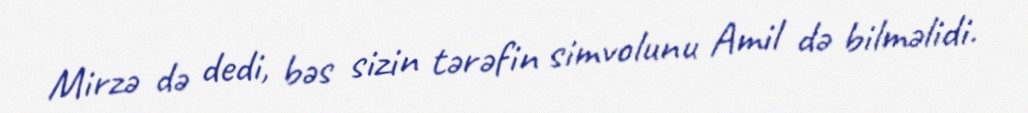
Mirzə də dedi, bəs sizin tərəfin simvolunu Amil də bilməlidi.